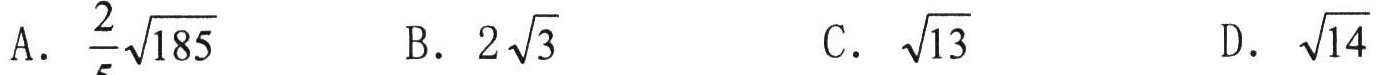
A. \(\frac{2}{5}\sqrt{185}\) \(\ \ \ \ \ \ \ \ \ \ \ \ \ \ \ \ \ \ \ \ \ \ \ \ \ \ \ \ \ \ \ \ \ \ \ \ \ \ \ \ \ \ \ \ \ \ \ \ \ \ \ \ \ \ \ \ \ \ \ \ \ \ \ \ \ \ \ \ \ \ \ \ \ \ \ \ \ \ \ \ \ \ \ \ \ \ \ \ \ \ \ \ \ \ \ \ \ \ \ \ \ \ \ \ \ \ \ \ \ \ \ \ \ \ \ \ \ \ \ \ \ \ \ \ \ \ \ \ \ \ \ \ \ \ \ \ \ \ \ \ \ \ \ \ \ \ \ \ \ \ \ \ \ \ \ \ \ \ \ \ \ \ \ \ \ \ \ \ \ \ \ \ \ \ \ \ \ \ \ \ \ \ \ \ \ \ \ \ \ \ \ \ \ \ \ \ \ \ \ \ \ \ \ \ \ \ \ \ \ \ \ \ \ \ \ \ \ \ \ \ \ \ \ \ \ \ \ \ \ \ \ \ \ \ \ \ \ \ \ \ \ \ \ \ \ \ \ \ \ \ \ \ \ \ \ \ \ \ \ \ \ \ \ \ \ \ \ \ \ \ \ \ \ \ \ \ \ \ \ \ \ \ \ \ \ \ \ \ \ \ \ \ \ \ \ \ \ \ \ \ \ \ \ \ \ \ \ \ \ \ \ \ \ \ \ \ \ \ \ \ \ \ \ \ \ \ \ \ \ \ \ \ \ \ \ \ \ \ \ \ \ \ \ \ \ \ \ \ \ \ \ \ \ \ \ \ \ \ \ \ \ \ \ \ \ \ \ \ \ \ \ \ \ \ \ \ \ \ \ \ \ \ \ \ \ \ \ \ \ \ \ \ \ \ \ \ \ \ \ \ \ \ \ \ \ \ \ \ \ \ \ \ \ \ \ \ \ \ \ \ \ \ \ \ \ \ \ \ \ \ \ \ \ \ \ \ \ \ \ \ \ \ \ \ \ \ \ \ \ \ \ \ \ \ \ \ \ \ \ \ \ \ \ \ \ \ \ \ \ \ \ \ \ \ \ \ \ \ \ \ \ \ \ \ \ \ \ \ \ \ \ \ \ \ \ \ \ \ \ \ \ \ \ \ \ \ \ \ \ \ \ \ \ \ \ \ \ \ \ \ \ \ \ \ \ \ \ \ \ \ \ \ \ \ \ \ \ \ \ \ \ \ \ \ \ \ \ \ \ \ \ \ \ \ \ \ \ \ \ \ \ \ \ \ \ \ \ \ \ \ \ \ \ \ \ \ \ \ \ \ \ \ \ \ \ \ \ \ \ \ \ \ \ \ \ \ \ \ \ \ \ \ \ \ \ \ \ \ \ \ \ \ \ \ \ \ \ \ \ \ \ \ \ \ \ \ \ \ \ \ \ \ \ \ \ \ \ \ \ \ \ \ \ \ \ \ \ \ \ \ \ \ \ \ \ \ \ \ \ \ \ \ \ \ \ \ \ \ \ \ \ \ \ \ \ \ \ \ \ \ \ \ \ \ \ \ \ \ \ \ \ \ \ \ \ \ \ \ \ \ \ \ \ \ \ \ \ \ \ \ \ \ \ \ \ \ \ \ \ \ \ \ \ \ \ \ \ \ \ \ \ \ \ \ \ \ \ \ \ \ \ \ \ \ \ \ \ \ \ \ \ \ \ \ \ \ \ \ \ \ \ \ \ \ \ \ \ \ \ \ \ \ \ \ \ \ \ \ \ \ \ \ \ \ \ \ \ \ \ \ \ \ \ \ \ \ \ \ \ \ \ \ \ \ \ \ \ \ \ \ \ \ \ \ \ \ \ \ \ \ \ \ \ \ \ \ \ \ \ \ \ \ \ \ \ \ \ \ \ \ \ \ \ \ \ \ \ \ \ \ \ \ \ \ \ \ \ \ \ \ \ \ \ \ \ \ \ \ \ \ \ \ \ \ \ \ \ \ \ \ \ \ \ \ \ \ \ \ \ \ \ \ \ \ \ \ \ \ \ \ \ \ \ \ \ \ \ \ \ \ \ \ \ \ \ \ \ \ \ \ \ \ \ \ \ \ \ \ \ \ \ \ \ \ \ \ \ \ \ \ \ \ \ \ \ \ \ \ \ \ \ \ \ \ \ \ \ \ \ \ \ \ \ \ \ \ \ \ \ \ \ \ \ \ \ \ \ \ \ \ \ \ \ \ \ \ \ \ \ \ \ \ \ \ \ \ \ \ \ \ \ \ \ \ \ \ \ \ \ \ \ \ \ \ \ \ \ \ \ \ \ \ \ \ \ \ \ \ \ \ \ \ \ \ \ \ \ \ \ \ \ \ \ \ \ \ \ \ \ \ \ \ \ \ \ \ \ \ \ \ \ \ \ \ \ \ \ \ \ \ \ \ \ \ \ \ \ \ \ \ \ \ \ \ \ \ \ \ \ \ \ \ \ \ \ \ \ \ \ \ \ \ \ \ \ \ \ \ \ \ \ \ \ \ \ \ \ \ \ \ \ \ \ \ \ \ \ \ \ \ \ \ \ \ \ \ \ \ \ \ \ \ \ \ \ \ \ \ \ \ \ \ \ \ \ \ \ \ \ \ \ \ \ \ \ \ \ \ \ \ \ \ \ \ \ \ \ \ \ \ \ \ \ \ \ \ \ \ \ \ \ \ \ \ \ \ \ \ \ \ \ \ \ \ \ \ \ \ \ \ \ \ \ \ \ \ \ \ \ \ \ \ \ \ \ \ \ \ \ \ \ \ \ \ \ \ \ \ \ \ \ \ \ \ \ \ \ \ \ \ \ \ \ \ \ \ \ \ \ \ \ \ \ \ \ \ \ \ \ \ \ \ \ \ \ \ \ \ \ \ \ \ \ \ \ \ \ \ \ \ \ \ \ \ \ \ \ \ \ \ \ \ \ \ \ \ \ \ \ \ \ \ \ \ \ \ \ \ \ \ \ \ \ \ \ \ \ \ \ \ \ \ \ \ \ \ \ \ \ \ \ \ \ \ \ \ \ \ \ \ \ \ \ \ \ \ \ \ \ \ \ \ \ \ \ \ \ \ \ \ \ \ \ \ \ \ \ \ \ \ \ \ \ \ \ \ \ \ \ \ \ \ \ \ \ \ \ \ \ \ \ \ \ \ \ \ \ \ \ \ \ \ \ \ \ \ \ \ \ \ \ \ \ \ \ \ \ \ \ \ \ \ \ \ \ \ \ \ \ \ \ \ \ \ \ \ \ \ \ \ \ \ \ \ \ \ \ \ \ \ \ \ \ \ \ \ \ \ \ \ \ \ \ \ \ \ \ \ \ \ \ \ \ \ \ \ \ \ \ \ \ \ \ \ \ \ \ \ \ \ \ \ \ \ \ \ \ \ \ \ \ \ \ \ \ \ \ \ \ \ \ \ \ \ \ \ \ \ \ \ \ \ \ \ \ \ \ \ \ \ \ \ \ \ \ \ \ \ \ \ \ \ \ \ \ \ \ \ \ \ \ \ \ \ \ \ \ \ \ \ \ \ \ \ \ \ \ \ \ \ \ \ \ \ \ \ \ \ \ \ \ \ \ \ \ \ \ \ \ \ \ \ \ \ \ \ \ \ \ \ \ \ \ \ \ \ \ \ \ \ \ \ \ \ \ \ \ \ \ \ \ \ \ \ \ \ \ \ \ \ \ \ \ \ \ \ \ \ \ \ \ \ \ \ \ \ \ \ \ \ \ \ \ \ \ \ \ \ \ \ \ \ \ \ \ \ \ \ \ \ \ \ \ \ \ \ \ \ \ \ \ \ \ \ \ \ \ \ \ \ \ \ \ \ \ \ \ \ \ \ \ \ \ \ \ \ \ \ \ \ \ \ \ \ \ \ \ \ \ \ \ \ \ \ \ \ \ \ \ \ \ \ \ \ \ \ \ \ \ \ \ \ \ \ \ \ \ \ \ \ \ \ \ \ \ \ \ \ \ \ \ \ \ \ \ \ \ \ \ \ \ \ \ \ \ \ \ \ \ \ \ \ \ \ \ \ \ \ \ \ \ \ \ \ \ \ \ \ \ \ \ \ \ \ \ \ \ \ \ \ \ \ \ \ \ \ \ \ \ \ \ \ \ \ \ \ \ \ \ \ \ \ \ \ \ \ \ \ \ \ \ \ \ \ \ \ \ \ \ \ \ \ \ \ \ \ \ \ \ \ \ \ \ \ \ \ \ \ \ \ \ \ \ \ \ \ \ \ \ \ \ \ \ \ \ \ \ \ \ \ \ \ \ \ \ \ \ \ \ \ \ \ \ \ \ \ \ \ \ \ \ \ \ \ \ \ \ \ \ \ \ \ \ \ \ \ \ \ \ \ \ \ \ \ \ \ \ \ \ \ \ \ \ \ \ \ \ \ \ \ \ \ \ \ \ \ \ \ \ \ \ \ \ \ \ \ \ \ \ \ \ \ \ \ \ \ \ \ \ \ \ \ \ \ \ \ \ \ \ \ \ \ \ \ \ \ \ \ \ \ \ \ \ \ \ \ \ \ \ \ \ \ \ \ \ \ \ \ \ \ \ \ \ \ \ \ \ \ \ \ \ \ \ \ \ \ \ \ \ \ \ \ \ \ \ \ \ \ \ \ \ \ \ \ \ \ \ \ \ \ \ \ \ \ \ \ \ \ \ \ \ \ \ \ \ \ \ \ \ \ \ \ \ \ \ \ \ \ \ \ \ \ \ \ \ \ \ \ \ \ \ \ \ \ \ \ \ \ \ \ \ \ \ \ \ \ \ \ \ \ \ \ \ \ \ \ \ \ \ \ \ \ \ \ \ \ \ \ \ \ \ \ \ \ \ \ \ \ \ \ \ \ \ \ \ \ \ \ \ \ \ \ \ \ \ \ \ \ \ \ \ \ \ \ \ \ \ \ \ \ \ \ \ \ \ \ \ \ \ \ \ \ \ \ \ \ \ \ \ \ \ \ \ \ \ \ \ \ \ \ \ \ \ \ \ \ \ \ \ \ \ \ \ \ \ \ \ \ \ \ \ \ \ \ \ \ \ \ \ \ \ \ \ \ \ \ \ \ \ \ \ \ \ \ \ \ \ \ \ \ \ \ \ \ \ \ \ \ \ \ \ \ \ \ \ \ \ \ \ \ \ \ \ \ \ \ \ \ \ \ \ \ \ \ \ \ \ \ \ \ \ \ \ \ \ \ \ \ \ \ \ \ \ \ \ \ \ \ \ \ \ \ \ \ \ \ \ \ \ \ \ \ \ \ \ \ \ \ \ \ \ \ \ \ \ \ \ \ \ \ \ \ \ \ \ \ \ \ \ \ \ \ \ \ \ \ \ \ \ \ \ \ \ \ \ \ \ \ \ \ \ \ \ \ \ \ \ \ \ \ \ \ \ \ \ \ \ \ \ \ \ \ \ \ \ \ \ \ \ \ \ \ \ \ \ \ \ \ \ \ \ \ \ \ \ \ \ \ \ \ \ \ \ \ \ \ \ \ \ \ \ \ \ \ \ \ \ \ \ \ \ \ \ \ \ \ \ \ \ \ \ \ \ \ \ \ \ \ \ \ \ \ \ \ \ \ \ \ \ \ \ \ \ \ \ \ \ \ \ \ \ \ \ \ \ \ \ \ \ \ \ \ \ \ \ \ \ \ \ \ \ \ \ \ \ \ \ \ \ \ \ \ \ \ \ \ \ \ \ \ \ \ \ \ \ \ \ \ \ \ \ \ \ \ \ \ \ \ \ \ \ \ \ \ \ \ \ \ \ \ \ \ \ \ \ \ \ \ \ \ \ \ \ \ \ \ \ \ \ \ \ \ \ \ \ \ \ \ \ \ \ \ \ \ \ \ \ \ \ \ \ \ \ \ \ \ \ \ \ \ \ \ \ \ \ \ \ \ \ \ \ \ \ \ \ \ \ \ \ \ \ \ \ \ \ \ \ \ \ \ \ \ \ \ \ \ \ \ \ \ \ \ \ \ \ \ \ \ \ \ \ \ \ \ \ \ \ \ \ \ \ \ \ \ \ \ \ \ \ \ \ \ \ \ \ \ \ \ \ \ \ \ \ \ \ \ \ \ \ \ \ \ \ \ \ \ \ \ \ \ \ \ \ \ \ \ \ \ \ \ \ \ \ \ \ \ \ \ \ \ \ \ \ \ \ \ \ \ \ \ \ \ \ \ \ \ \ \ \ \ \ \ \ \ \ \ \ \ \ \ \ \ \ \ \ \ \ \ \ \ \ \ \ \ \ \ \ \ \ \ \ \ \ \ \ \ \ \ \ \ \ \ \ \ \ \ \ \ \ \ \ \ \ \ \ \ \ \ \ \ \ \ \ \ \ \ \ \ \ \ \ \ \ \ \ \ \ \ \ \ \ \ \ \ \ \ \ \ \ \ \ \ \ \ \ \ \ \ \ \ \ \ \ \ \ \ \ \ \ \ \ \ \ \ \ \ \ \ \ \ \ \ \ \ \ \ \ \ \ \ \ \ \ \ \ \ \ \ \ \ \ \ \ \ \ \ \ \ \ \ \ \ \ \ \ \ \ \ \ \ \ \ \ \ \ \ \ \ \ \ \ \ \ \ \ \ \ \ \ \ \ \ \ \ \ \ \ \ \ \ \ \ \ \ \ \ \ \ \ \ \ \ \ \ \ \ \ \ \ \ \ \ \ \ \ \ \ \ \ \ \ \ \ \ \ \ \ \ \ \ \ \ \ \ \ \ \ \ \ \ \ \ \ \ \ \ \ \ \ \ \ \ \ \ \ \ \ \ \ \ \ \ \ \ \ \ \ \ \ \ \ \ \ \ \ \ \ \ \ \ \ \ \ \ \ \ \ \ \ \ \ \ \ \ \ \ \ \ \ \ \ \ \ \ \ \ \ \ \ \ \ \ \ \ \ \ \ \ \ \ \ \ \ \ \ \ \ \ \ \ \ \ \ \ \ \ \ \ \ \ \ \ \ \ \ \ \ \ \ \ \ \ \ \ \ \ \ \ \ \ \ \ \ \ \ \ \ \ \ \ \ \ \ \ \ \ \ \ \ \ \ \ \ \ \ \ \ \ \ \ \ \ \ \ \ \ \ \ \ \ \ \ \ \ \ \ \ \ \ \ \ \ \ \ \ \ \ \ \ \ \ \ \ \ \ \ \ \ \ \ \ \ \ \ \ \ \ \ \ \ \ \ \ \ \ \ \ \ \ \ \ \ \ \ \ \ \ \ \ \ \ \ \ \ \ \ \ \ \ \ \ \ \ \ \ \ \ \ \ \ \ \ \ \ \ \ \ \ \ \ \ \ \ \ \ \ \ \ \ \ \ \ \ \ \ \ \ \ \ \ \ \ \ \ \ \ \ \ \ \ \ \ \ \ \ \ \ \ \ \ \ \ \ \ \ \ \ \ \ \ \ \ \ \ \ \ \ \ \ \ \ \ \ \ \ \ \ \ \ \ \ \ \ \ \ \ \ \ \ \ \ \ \ \ \ \ \ \ \ \ \ \ \ \ \ \ \ \ \ \ \ \ \ \ \ \ \ \ \ \ \ \ \ \ \ \ \ \ \ \ \ \ \ \ \ \ \ \ \ \ \ \ \ \ \ \ \ \ \ \ \ \ \ \ \ \ \ \ \ \ \ \ \ \ \ \ \ \ \ \ \ \ \ \ \ \ \ \ \ \ \ \ \ \ \ \ \ \ \ \ \ \ \ \ \ \ \ \ \ \ \ \ \ \ \ \ \ \ \ \ \ \ \ \ \ \ \ \ \ \ \ \ \ \ \ \ \ \ \ \ \ \ \ \ \ \ \ \ \ \ \ \ \ \ \ \ \ \ \ \ \ \ \ \ \ \ \ \ \ \ \ \ \ \ \ \ \ \ \ \ \ \ \ \ \ \ \ \ \ \ \ \ \ \ \ \ \ \ \ \ \ \ \ \ \ \ \ \ \ \ \ \ \ \ \ \ \ \ \ \ \ \ \ \ \ \ \ \ \ \ \ \ \ \ \ \ \ \ \ \ \ \ \ \ \ \ \ \ \ \ \ \ \ \ \ \ \ \ \ \ \ \ \ \ \ \ \ \ \ \ \ \ \ \ \ \ \ \ \ \ \ \ \ \ \ \ \ \ \ \ \ \ \ \ \ \ \ \ \ \ \ \ \ \ \ \ \ \ \ \ \ \ \ \ \ \ \ \ \ \ \ \ \ \ \ \ \ \ \ \ \ \ \ \ \ \ \ \ \ \ \ \ \ \ \ \ \ \ \ \ \ \ \ \ \ \ \ \ \ \ \ \ \ \ \ \ \ \ \ \ \ \ \ \ \ \ \ \ \ \ \ \ \ \ \ \ \ \ \ \ \ \ \ \ \ \ \ \ \ \ \ \ \ \ \ \ \ \ \ \ \ \ \ \ \ \ \ \ \ \ \ \ \ \ \ \ \ \ \ \ \ \ \ \ \ \ \ \ \ \ \ \ \ \ \ \ \ \ \ \ \ \ \ \ \ \ \ \ \ \ \ \ \ \ \ \ \ \ \ \ \ \ \ \ \ \ \ \ \ \ \ \ \ \ \ \ \ \ \ \ \ \ \ \ \ \ \ \ \ \ \ \ \ \ \ \ \ \ \ \ \ \ \ \ \ \ \ \ \ \ \ \ \ \ \ \ \ \ \ \ \ \ \ \ \ \ \ \ \ \ \ \ \ \ \ \ \ \ \ \ \ \ \ \ \ \ \ \ \ \ \ \ \ \ \ \ \ \ \ \ \ \ \ \ \ \ \ \ \ \ \ \ \ \ \ \ \ \ \ \ \ \ \ \ \ \ \ \ \ \ \ \ \ \ \ \ \ \ \ \ \ \ \ \ \ \ \ \ \ \ \ \ \ \ \ \ \ \ \ \ \ \ \ \ \ \ \ \ \ \ \ \ \ \ \ \ \ \ \ \ \ \ \ \ \ \ \ \ \ \ \ \ \ \ \ \ \ \ \ \ \ \ \ \ \ \ \ \ \ \ \ \ \ \ \ \ \ \ \ \ \ \ \ \ \ \ \ \ \ \ \ \ \ \ \ \ \ \ \ \ \ \ \ \ \ \ \ \ \ \ \ \ \ \ \ \ \ \ \ \ \ \ \ \ \ \ \ \ \ \ \ \ \ \ \ \ \ \